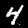
Digit: 4